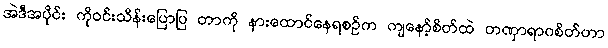
အဲဒီအပိုင်း ကိုဝင်းသိန်းပြောပြ တာကို နားထောင်နေရစဉ်က ကျနော့်စိတ်ထဲ တဏှာရာဂစိတ်ဟာ